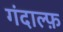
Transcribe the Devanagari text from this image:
गंदाल्फ़